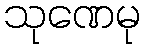
သုဏေမု